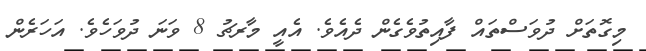
މިގޮތަށް ދުވަސްތައް ފާއިތުވެގެން ދެއެވެ. އެއީީީީ މާރޗު 8 ވަނަ ދުވަހެވެ. އަހަރެން